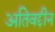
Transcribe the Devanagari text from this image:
अतिवद्दीन